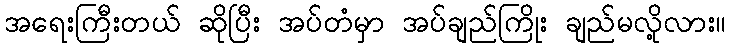
အရေးကြီးတယ် ဆိုပြီး အပ်တံမှာ အပ်ချည်ကြိုး ချည်မလို့လား။